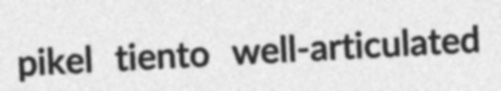
pikel tiento well-articulated